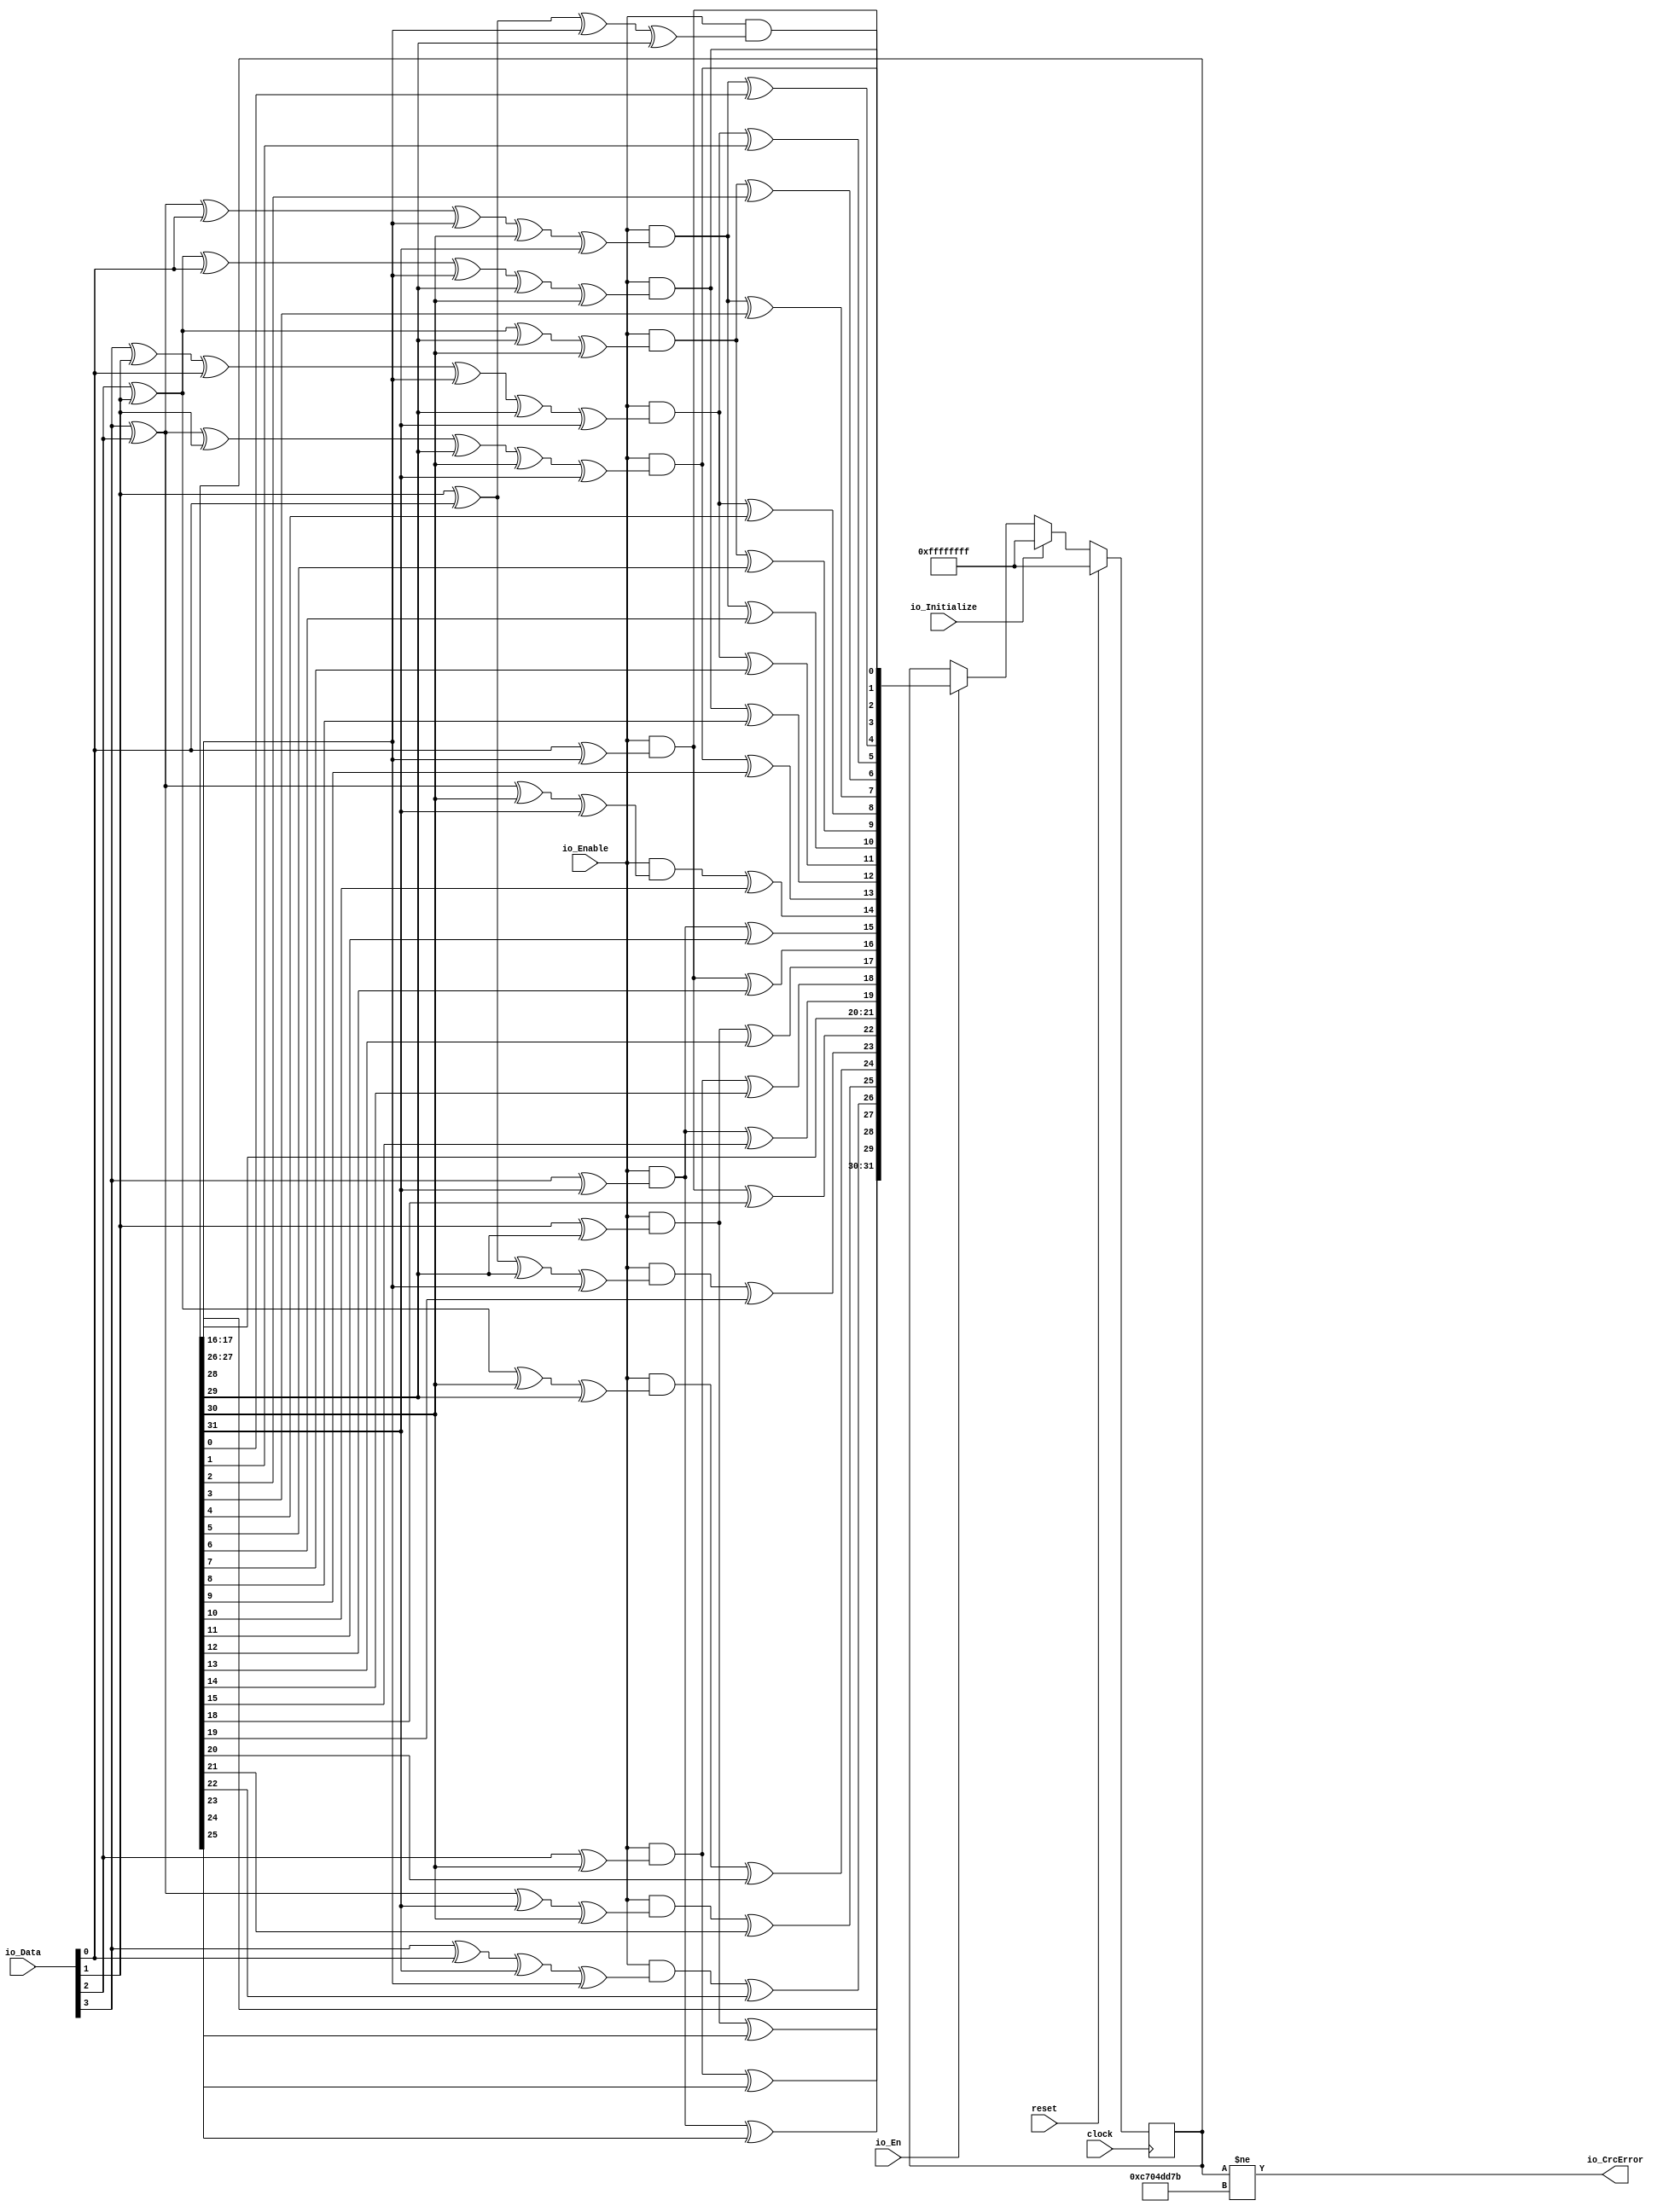
module CRC32_D4(
  input        clock,
  input        reset,
  input        io_En,
  input  [3:0] io_Data,
  input        io_Enable,
  input        io_Initialize,
  output       io_CrcError
);
  reg [31:0] Crc; // @[EthFcsPadding.scala 334:20]
  wire  _T_1; // @[EthFcsPadding.scala 340:32]
  wire  _T_2; // @[EthFcsPadding.scala 340:41]
  wire  _T_3; // @[EthFcsPadding.scala 340:36]
  wire  CrcNext_0; // @[EthFcsPadding.scala 340:25]
  wire  _T_5; // @[EthFcsPadding.scala 341:32]
  wire  _T_7; // @[EthFcsPadding.scala 341:36]
  wire  _T_9; // @[EthFcsPadding.scala 341:46]
  wire  _T_10; // @[EthFcsPadding.scala 341:61]
  wire  _T_11; // @[EthFcsPadding.scala 341:56]
  wire  CrcNext_1; // @[EthFcsPadding.scala 341:25]
  wire  _T_13; // @[EthFcsPadding.scala 342:32]
  wire  _T_15; // @[EthFcsPadding.scala 342:36]
  wire  _T_17; // @[EthFcsPadding.scala 342:46]
  wire  _T_19; // @[EthFcsPadding.scala 342:56]
  wire  _T_21; // @[EthFcsPadding.scala 342:66]
  wire  _T_22; // @[EthFcsPadding.scala 342:81]
  wire  _T_23; // @[EthFcsPadding.scala 342:76]
  wire  CrcNext_2; // @[EthFcsPadding.scala 342:25]
  wire  _T_25; // @[EthFcsPadding.scala 343:32]
  wire  _T_27; // @[EthFcsPadding.scala 343:36]
  wire  _T_29; // @[EthFcsPadding.scala 343:46]
  wire  _T_31; // @[EthFcsPadding.scala 343:56]
  wire  _T_33; // @[EthFcsPadding.scala 343:66]
  wire  _T_34; // @[EthFcsPadding.scala 343:81]
  wire  _T_35; // @[EthFcsPadding.scala 343:76]
  wire  CrcNext_3; // @[EthFcsPadding.scala 343:25]
  wire  _T_41; // @[EthFcsPadding.scala 344:47]
  wire  _T_43; // @[EthFcsPadding.scala 344:57]
  wire  _T_45; // @[EthFcsPadding.scala 344:67]
  wire  _T_47; // @[EthFcsPadding.scala 344:77]
  wire  _T_48; // @[EthFcsPadding.scala 344:26]
  wire  _T_49; // @[EthFcsPadding.scala 344:94]
  wire  CrcNext_4; // @[EthFcsPadding.scala 344:89]
  wire  _T_53; // @[EthFcsPadding.scala 345:37]
  wire  _T_55; // @[EthFcsPadding.scala 345:47]
  wire  _T_57; // @[EthFcsPadding.scala 345:57]
  wire  _T_59; // @[EthFcsPadding.scala 345:67]
  wire  _T_61; // @[EthFcsPadding.scala 345:77]
  wire  _T_62; // @[EthFcsPadding.scala 345:26]
  wire  _T_63; // @[EthFcsPadding.scala 345:94]
  wire  CrcNext_5; // @[EthFcsPadding.scala 345:89]
  wire  _T_69; // @[EthFcsPadding.scala 346:47]
  wire  _T_71; // @[EthFcsPadding.scala 346:57]
  wire  _T_72; // @[EthFcsPadding.scala 346:26]
  wire  _T_73; // @[EthFcsPadding.scala 346:74]
  wire  CrcNext_6; // @[EthFcsPadding.scala 346:69]
  wire  _T_87; // @[EthFcsPadding.scala 347:94]
  wire  CrcNext_7; // @[EthFcsPadding.scala 347:89]
  wire  _T_101; // @[EthFcsPadding.scala 348:94]
  wire  CrcNext_8; // @[EthFcsPadding.scala 348:89]
  wire  _T_111; // @[EthFcsPadding.scala 349:74]
  wire  CrcNext_9; // @[EthFcsPadding.scala 349:69]
  wire  _T_125; // @[EthFcsPadding.scala 350:94]
  wire  CrcNext_10; // @[EthFcsPadding.scala 350:89]
  wire  _T_139; // @[EthFcsPadding.scala 351:94]
  wire  CrcNext_11; // @[EthFcsPadding.scala 351:89]
  wire  _T_153; // @[EthFcsPadding.scala 352:94]
  wire  CrcNext_12; // @[EthFcsPadding.scala 352:89]
  wire  _T_167; // @[EthFcsPadding.scala 353:94]
  wire  CrcNext_13; // @[EthFcsPadding.scala 353:89]
  wire  _T_173; // @[EthFcsPadding.scala 354:47]
  wire  _T_175; // @[EthFcsPadding.scala 354:57]
  wire  _T_176; // @[EthFcsPadding.scala 354:26]
  wire  _T_177; // @[EthFcsPadding.scala 354:74]
  wire  CrcNext_14; // @[EthFcsPadding.scala 354:69]
  wire  _T_181; // @[EthFcsPadding.scala 355:37]
  wire  _T_182; // @[EthFcsPadding.scala 355:26]
  wire  _T_183; // @[EthFcsPadding.scala 355:54]
  wire  CrcNext_15; // @[EthFcsPadding.scala 355:49]
  wire  _T_189; // @[EthFcsPadding.scala 356:54]
  wire  CrcNext_16; // @[EthFcsPadding.scala 356:49]
  wire  _T_193; // @[EthFcsPadding.scala 357:37]
  wire  _T_194; // @[EthFcsPadding.scala 357:26]
  wire  _T_195; // @[EthFcsPadding.scala 357:54]
  wire  CrcNext_17; // @[EthFcsPadding.scala 357:49]
  wire  _T_199; // @[EthFcsPadding.scala 358:37]
  wire  _T_200; // @[EthFcsPadding.scala 358:26]
  wire  _T_201; // @[EthFcsPadding.scala 358:54]
  wire  CrcNext_18; // @[EthFcsPadding.scala 358:49]
  wire  _T_207; // @[EthFcsPadding.scala 359:54]
  wire  CrcNext_19; // @[EthFcsPadding.scala 359:49]
  wire  CrcNext_20; // @[EthFcsPadding.scala 360:21]
  wire  CrcNext_21; // @[EthFcsPadding.scala 361:21]
  wire  _T_215; // @[EthFcsPadding.scala 362:54]
  wire  CrcNext_22; // @[EthFcsPadding.scala 362:49]
  wire  _T_221; // @[EthFcsPadding.scala 363:47]
  wire  _T_223; // @[EthFcsPadding.scala 363:57]
  wire  _T_224; // @[EthFcsPadding.scala 363:26]
  wire  _T_225; // @[EthFcsPadding.scala 363:74]
  wire  CrcNext_23; // @[EthFcsPadding.scala 363:69]
  wire  _T_231; // @[EthFcsPadding.scala 364:47]
  wire  _T_233; // @[EthFcsPadding.scala 364:57]
  wire  _T_234; // @[EthFcsPadding.scala 364:26]
  wire  _T_235; // @[EthFcsPadding.scala 364:74]
  wire  CrcNext_24; // @[EthFcsPadding.scala 364:69]
  wire  _T_241; // @[EthFcsPadding.scala 365:47]
  wire  _T_243; // @[EthFcsPadding.scala 365:57]
  wire  _T_244; // @[EthFcsPadding.scala 365:26]
  wire  _T_245; // @[EthFcsPadding.scala 365:74]
  wire  CrcNext_25; // @[EthFcsPadding.scala 365:69]
  wire  _T_249; // @[EthFcsPadding.scala 366:37]
  wire  _T_251; // @[EthFcsPadding.scala 366:47]
  wire  _T_253; // @[EthFcsPadding.scala 366:57]
  wire  _T_254; // @[EthFcsPadding.scala 366:26]
  wire  _T_255; // @[EthFcsPadding.scala 366:74]
  wire  CrcNext_26; // @[EthFcsPadding.scala 366:69]
  wire  _T_261; // @[EthFcsPadding.scala 367:54]
  wire  CrcNext_27; // @[EthFcsPadding.scala 367:49]
  wire  _T_267; // @[EthFcsPadding.scala 368:54]
  wire  CrcNext_28; // @[EthFcsPadding.scala 368:49]
  wire  _T_273; // @[EthFcsPadding.scala 369:54]
  wire  CrcNext_29; // @[EthFcsPadding.scala 369:49]
  wire  CrcNext_30; // @[EthFcsPadding.scala 370:21]
  wire  CrcNext_31; // @[EthFcsPadding.scala 371:21]
  wire [7:0] _T_284; // @[EthFcsPadding.scala 376:28]
  wire [15:0] _T_292; // @[EthFcsPadding.scala 376:28]
  wire [7:0] _T_299; // @[EthFcsPadding.scala 376:28]
  wire [31:0] _T_308; // @[EthFcsPadding.scala 376:28]
  assign _T_1 = io_Data[0]; // @[EthFcsPadding.scala 340:32]
  assign _T_2 = Crc[28]; // @[EthFcsPadding.scala 340:41]
  assign _T_3 = _T_1 ^ _T_2; // @[EthFcsPadding.scala 340:36]
  assign CrcNext_0 = io_Enable & _T_3; // @[EthFcsPadding.scala 340:25]
  assign _T_5 = io_Data[1]; // @[EthFcsPadding.scala 341:32]
  assign _T_7 = _T_5 ^ _T_1; // @[EthFcsPadding.scala 341:36]
  assign _T_9 = _T_7 ^ _T_2; // @[EthFcsPadding.scala 341:46]
  assign _T_10 = Crc[29]; // @[EthFcsPadding.scala 341:61]
  assign _T_11 = _T_9 ^ _T_10; // @[EthFcsPadding.scala 341:56]
  assign CrcNext_1 = io_Enable & _T_11; // @[EthFcsPadding.scala 341:25]
  assign _T_13 = io_Data[2]; // @[EthFcsPadding.scala 342:32]
  assign _T_15 = _T_13 ^ _T_5; // @[EthFcsPadding.scala 342:36]
  assign _T_17 = _T_15 ^ _T_1; // @[EthFcsPadding.scala 342:46]
  assign _T_19 = _T_17 ^ _T_2; // @[EthFcsPadding.scala 342:56]
  assign _T_21 = _T_19 ^ _T_10; // @[EthFcsPadding.scala 342:66]
  assign _T_22 = Crc[30]; // @[EthFcsPadding.scala 342:81]
  assign _T_23 = _T_21 ^ _T_22; // @[EthFcsPadding.scala 342:76]
  assign CrcNext_2 = io_Enable & _T_23; // @[EthFcsPadding.scala 342:25]
  assign _T_25 = io_Data[3]; // @[EthFcsPadding.scala 343:32]
  assign _T_27 = _T_25 ^ _T_13; // @[EthFcsPadding.scala 343:36]
  assign _T_29 = _T_27 ^ _T_5; // @[EthFcsPadding.scala 343:46]
  assign _T_31 = _T_29 ^ _T_10; // @[EthFcsPadding.scala 343:56]
  assign _T_33 = _T_31 ^ _T_22; // @[EthFcsPadding.scala 343:66]
  assign _T_34 = Crc[31]; // @[EthFcsPadding.scala 343:81]
  assign _T_35 = _T_33 ^ _T_34; // @[EthFcsPadding.scala 343:76]
  assign CrcNext_3 = io_Enable & _T_35; // @[EthFcsPadding.scala 343:25]
  assign _T_41 = _T_27 ^ _T_1; // @[EthFcsPadding.scala 344:47]
  assign _T_43 = _T_41 ^ _T_2; // @[EthFcsPadding.scala 344:57]
  assign _T_45 = _T_43 ^ _T_22; // @[EthFcsPadding.scala 344:67]
  assign _T_47 = _T_45 ^ _T_34; // @[EthFcsPadding.scala 344:77]
  assign _T_48 = io_Enable & _T_47; // @[EthFcsPadding.scala 344:26]
  assign _T_49 = Crc[0]; // @[EthFcsPadding.scala 344:94]
  assign CrcNext_4 = _T_48 ^ _T_49; // @[EthFcsPadding.scala 344:89]
  assign _T_53 = _T_25 ^ _T_5; // @[EthFcsPadding.scala 345:37]
  assign _T_55 = _T_53 ^ _T_1; // @[EthFcsPadding.scala 345:47]
  assign _T_57 = _T_55 ^ _T_2; // @[EthFcsPadding.scala 345:57]
  assign _T_59 = _T_57 ^ _T_10; // @[EthFcsPadding.scala 345:67]
  assign _T_61 = _T_59 ^ _T_34; // @[EthFcsPadding.scala 345:77]
  assign _T_62 = io_Enable & _T_61; // @[EthFcsPadding.scala 345:26]
  assign _T_63 = Crc[1]; // @[EthFcsPadding.scala 345:94]
  assign CrcNext_5 = _T_62 ^ _T_63; // @[EthFcsPadding.scala 345:89]
  assign _T_69 = _T_15 ^ _T_10; // @[EthFcsPadding.scala 346:47]
  assign _T_71 = _T_69 ^ _T_22; // @[EthFcsPadding.scala 346:57]
  assign _T_72 = io_Enable & _T_71; // @[EthFcsPadding.scala 346:26]
  assign _T_73 = Crc[2]; // @[EthFcsPadding.scala 346:74]
  assign CrcNext_6 = _T_72 ^ _T_73; // @[EthFcsPadding.scala 346:69]
  assign _T_87 = Crc[3]; // @[EthFcsPadding.scala 347:94]
  assign CrcNext_7 = _T_48 ^ _T_87; // @[EthFcsPadding.scala 347:89]
  assign _T_101 = Crc[4]; // @[EthFcsPadding.scala 348:94]
  assign CrcNext_8 = _T_62 ^ _T_101; // @[EthFcsPadding.scala 348:89]
  assign _T_111 = Crc[5]; // @[EthFcsPadding.scala 349:74]
  assign CrcNext_9 = _T_72 ^ _T_111; // @[EthFcsPadding.scala 349:69]
  assign _T_125 = Crc[6]; // @[EthFcsPadding.scala 350:94]
  assign CrcNext_10 = _T_48 ^ _T_125; // @[EthFcsPadding.scala 350:89]
  assign _T_139 = Crc[7]; // @[EthFcsPadding.scala 351:94]
  assign CrcNext_11 = _T_62 ^ _T_139; // @[EthFcsPadding.scala 351:89]
  assign _T_153 = Crc[8]; // @[EthFcsPadding.scala 352:94]
  assign CrcNext_12 = CrcNext_2 ^ _T_153; // @[EthFcsPadding.scala 352:89]
  assign _T_167 = Crc[9]; // @[EthFcsPadding.scala 353:94]
  assign CrcNext_13 = CrcNext_3 ^ _T_167; // @[EthFcsPadding.scala 353:89]
  assign _T_173 = _T_27 ^ _T_22; // @[EthFcsPadding.scala 354:47]
  assign _T_175 = _T_173 ^ _T_34; // @[EthFcsPadding.scala 354:57]
  assign _T_176 = io_Enable & _T_175; // @[EthFcsPadding.scala 354:26]
  assign _T_177 = Crc[10]; // @[EthFcsPadding.scala 354:74]
  assign CrcNext_14 = _T_176 ^ _T_177; // @[EthFcsPadding.scala 354:69]
  assign _T_181 = _T_25 ^ _T_34; // @[EthFcsPadding.scala 355:37]
  assign _T_182 = io_Enable & _T_181; // @[EthFcsPadding.scala 355:26]
  assign _T_183 = Crc[11]; // @[EthFcsPadding.scala 355:54]
  assign CrcNext_15 = _T_182 ^ _T_183; // @[EthFcsPadding.scala 355:49]
  assign _T_189 = Crc[12]; // @[EthFcsPadding.scala 356:54]
  assign CrcNext_16 = CrcNext_0 ^ _T_189; // @[EthFcsPadding.scala 356:49]
  assign _T_193 = _T_5 ^ _T_10; // @[EthFcsPadding.scala 357:37]
  assign _T_194 = io_Enable & _T_193; // @[EthFcsPadding.scala 357:26]
  assign _T_195 = Crc[13]; // @[EthFcsPadding.scala 357:54]
  assign CrcNext_17 = _T_194 ^ _T_195; // @[EthFcsPadding.scala 357:49]
  assign _T_199 = _T_13 ^ _T_22; // @[EthFcsPadding.scala 358:37]
  assign _T_200 = io_Enable & _T_199; // @[EthFcsPadding.scala 358:26]
  assign _T_201 = Crc[14]; // @[EthFcsPadding.scala 358:54]
  assign CrcNext_18 = _T_200 ^ _T_201; // @[EthFcsPadding.scala 358:49]
  assign _T_207 = Crc[15]; // @[EthFcsPadding.scala 359:54]
  assign CrcNext_19 = _T_182 ^ _T_207; // @[EthFcsPadding.scala 359:49]
  assign CrcNext_20 = Crc[16]; // @[EthFcsPadding.scala 360:21]
  assign CrcNext_21 = Crc[17]; // @[EthFcsPadding.scala 361:21]
  assign _T_215 = Crc[18]; // @[EthFcsPadding.scala 362:54]
  assign CrcNext_22 = CrcNext_0 ^ _T_215; // @[EthFcsPadding.scala 362:49]
  assign _T_221 = _T_7 ^ _T_10; // @[EthFcsPadding.scala 363:47]
  assign _T_223 = _T_221 ^ _T_2; // @[EthFcsPadding.scala 363:57]
  assign _T_224 = io_Enable & _T_223; // @[EthFcsPadding.scala 363:26]
  assign _T_225 = Crc[19]; // @[EthFcsPadding.scala 363:74]
  assign CrcNext_23 = _T_224 ^ _T_225; // @[EthFcsPadding.scala 363:69]
  assign _T_231 = _T_15 ^ _T_22; // @[EthFcsPadding.scala 364:47]
  assign _T_233 = _T_231 ^ _T_10; // @[EthFcsPadding.scala 364:57]
  assign _T_234 = io_Enable & _T_233; // @[EthFcsPadding.scala 364:26]
  assign _T_235 = Crc[20]; // @[EthFcsPadding.scala 364:74]
  assign CrcNext_24 = _T_234 ^ _T_235; // @[EthFcsPadding.scala 364:69]
  assign _T_241 = _T_27 ^ _T_34; // @[EthFcsPadding.scala 365:47]
  assign _T_243 = _T_241 ^ _T_22; // @[EthFcsPadding.scala 365:57]
  assign _T_244 = io_Enable & _T_243; // @[EthFcsPadding.scala 365:26]
  assign _T_245 = Crc[21]; // @[EthFcsPadding.scala 365:74]
  assign CrcNext_25 = _T_244 ^ _T_245; // @[EthFcsPadding.scala 365:69]
  assign _T_249 = _T_25 ^ _T_1; // @[EthFcsPadding.scala 366:37]
  assign _T_251 = _T_249 ^ _T_34; // @[EthFcsPadding.scala 366:47]
  assign _T_253 = _T_251 ^ _T_2; // @[EthFcsPadding.scala 366:57]
  assign _T_254 = io_Enable & _T_253; // @[EthFcsPadding.scala 366:26]
  assign _T_255 = Crc[22]; // @[EthFcsPadding.scala 366:74]
  assign CrcNext_26 = _T_254 ^ _T_255; // @[EthFcsPadding.scala 366:69]
  assign _T_261 = Crc[23]; // @[EthFcsPadding.scala 367:54]
  assign CrcNext_27 = _T_194 ^ _T_261; // @[EthFcsPadding.scala 367:49]
  assign _T_267 = Crc[24]; // @[EthFcsPadding.scala 368:54]
  assign CrcNext_28 = _T_200 ^ _T_267; // @[EthFcsPadding.scala 368:49]
  assign _T_273 = Crc[25]; // @[EthFcsPadding.scala 369:54]
  assign CrcNext_29 = _T_182 ^ _T_273; // @[EthFcsPadding.scala 369:49]
  assign CrcNext_30 = Crc[26]; // @[EthFcsPadding.scala 370:21]
  assign CrcNext_31 = Crc[27]; // @[EthFcsPadding.scala 371:21]
  assign _T_284 = {CrcNext_7,CrcNext_6,CrcNext_5,CrcNext_4,CrcNext_3,CrcNext_2,CrcNext_1,CrcNext_0}; // @[EthFcsPadding.scala 376:28]
  assign _T_292 = {CrcNext_15,CrcNext_14,CrcNext_13,CrcNext_12,CrcNext_11,CrcNext_10,CrcNext_9,CrcNext_8,_T_284}; // @[EthFcsPadding.scala 376:28]
  assign _T_299 = {CrcNext_23,CrcNext_22,CrcNext_21,CrcNext_20,CrcNext_19,CrcNext_18,CrcNext_17,CrcNext_16}; // @[EthFcsPadding.scala 376:28]
  assign _T_308 = {CrcNext_31,CrcNext_30,CrcNext_29,CrcNext_28,CrcNext_27,CrcNext_26,CrcNext_25,CrcNext_24,_T_299,_T_292}; // @[EthFcsPadding.scala 376:28]
  assign io_CrcError = Crc != 32'hc704dd7b; // @[EthFcsPadding.scala 379:15]
  always @(posedge clock) begin
    if (reset) begin
      Crc <= 32'hffffffff;
    end else begin
      if (io_Initialize) begin
        Crc <= 32'hffffffff;
      end else begin
        if (io_En) begin
          Crc <= _T_308;
        end
      end
    end
  end
endmodule
module CRCChecker(
  input        clock,
  input        reset,
  input        io_mii_clk,
  input        io_mii_en,
  input  [3:0] io_mii_dat,
  output       io_ok,
  output       io_err
);
  wire  crc32_d4_clock; // @[EthFcsPadding.scala 391:24]
  wire  crc32_d4_reset; // @[EthFcsPadding.scala 391:24]
  wire  crc32_d4_io_En; // @[EthFcsPadding.scala 391:24]
  wire [3:0] crc32_d4_io_Data; // @[EthFcsPadding.scala 391:24]
  wire  crc32_d4_io_Enable; // @[EthFcsPadding.scala 391:24]
  wire  crc32_d4_io_Initialize; // @[EthFcsPadding.scala 391:24]
  wire  crc32_d4_io_CrcError; // @[EthFcsPadding.scala 391:24]
  reg  _T; // @[util.scala 13:42]
  wire  _T_1; // @[util.scala 13:34]
  wire  mii_clk; // @[util.scala 13:31]
  reg [1:0] state; // @[EthFcsPadding.scala 407:22]
  wire  _T_2; // @[Conditional.scala 37:30]
  reg  _T_3; // @[util.scala 13:42]
  wire  _T_4; // @[util.scala 13:34]
  wire  _T_5; // @[util.scala 13:31]
  wire  _T_6; // @[Conditional.scala 37:30]
  wire  _T_7; // @[EthFcsPadding.scala 424:23]
  wire  _T_8; // @[Conditional.scala 37:30]
  wire  _T_9; // @[EthFcsPadding.scala 431:15]
  wire  _T_10; // @[EthFcsPadding.scala 434:21]
  wire  _GEN_4; // @[EthFcsPadding.scala 431:24]
  wire  _GEN_5; // @[EthFcsPadding.scala 431:24]
  wire  _GEN_7; // @[EthFcsPadding.scala 430:22]
  wire  _GEN_8; // @[EthFcsPadding.scala 430:22]
  wire  _GEN_10; // @[Conditional.scala 39:67]
  wire  _GEN_11; // @[Conditional.scala 39:67]
  wire  _GEN_13; // @[Conditional.scala 39:67]
  wire  _GEN_14; // @[Conditional.scala 39:67]
  wire  _T_12; // @[EthFcsPadding.scala 441:41]
  wire  _T_13; // @[EthFcsPadding.scala 441:53]
  wire  _T_14; // @[EthFcsPadding.scala 441:65]
  wire  _T_15; // @[EthFcsPadding.scala 441:77]
  wire [1:0] _T_16; // @[Cat.scala 29:58]
  wire [1:0] _T_17; // @[Cat.scala 29:58]
  wire  _T_19; // @[EthFcsPadding.scala 442:46]
  CRC32_D4 crc32_d4 ( // @[EthFcsPadding.scala 391:24]
    .clock(crc32_d4_clock),
    .reset(crc32_d4_reset),
    .io_En(crc32_d4_io_En),
    .io_Data(crc32_d4_io_Data),
    .io_Enable(crc32_d4_io_Enable),
    .io_Initialize(crc32_d4_io_Initialize),
    .io_CrcError(crc32_d4_io_CrcError)
  );
  assign _T_1 = _T == 1'h0; // @[util.scala 13:34]
  assign mii_clk = io_mii_clk & _T_1; // @[util.scala 13:31]
  assign _T_2 = 2'h0 == state; // @[Conditional.scala 37:30]
  assign _T_4 = _T_3 == 1'h0; // @[util.scala 13:34]
  assign _T_5 = io_mii_en & _T_4; // @[util.scala 13:31]
  assign _T_6 = 2'h1 == state; // @[Conditional.scala 37:30]
  assign _T_7 = io_mii_dat == 4'hd; // @[EthFcsPadding.scala 424:23]
  assign _T_8 = 2'h2 == state; // @[Conditional.scala 37:30]
  assign _T_9 = ~ io_mii_en; // @[EthFcsPadding.scala 431:15]
  assign _T_10 = ~ crc32_d4_io_CrcError; // @[EthFcsPadding.scala 434:21]
  assign _GEN_4 = _T_9 & crc32_d4_io_CrcError; // @[EthFcsPadding.scala 431:24]
  assign _GEN_5 = _T_9 & _T_10; // @[EthFcsPadding.scala 431:24]
  assign _GEN_7 = mii_clk & _GEN_4; // @[EthFcsPadding.scala 430:22]
  assign _GEN_8 = mii_clk & _GEN_5; // @[EthFcsPadding.scala 430:22]
  assign _GEN_10 = _T_8 & _GEN_7; // @[Conditional.scala 39:67]
  assign _GEN_11 = _T_8 & _GEN_8; // @[Conditional.scala 39:67]
  assign _GEN_13 = _T_6 ? 1'h0 : _GEN_10; // @[Conditional.scala 39:67]
  assign _GEN_14 = _T_6 ? 1'h0 : _GEN_11; // @[Conditional.scala 39:67]
  assign _T_12 = io_mii_dat[0]; // @[EthFcsPadding.scala 441:41]
  assign _T_13 = io_mii_dat[1]; // @[EthFcsPadding.scala 441:53]
  assign _T_14 = io_mii_dat[2]; // @[EthFcsPadding.scala 441:65]
  assign _T_15 = io_mii_dat[3]; // @[EthFcsPadding.scala 441:77]
  assign _T_16 = {_T_14,_T_15}; // @[Cat.scala 29:58]
  assign _T_17 = {_T_12,_T_13}; // @[Cat.scala 29:58]
  assign _T_19 = state == 2'h2; // @[EthFcsPadding.scala 442:46]
  assign io_ok = _T_2 ? 1'h0 : _GEN_14; // @[EthFcsPadding.scala 413:10 EthFcsPadding.scala 434:18]
  assign io_err = _T_2 ? 1'h0 : _GEN_13; // @[EthFcsPadding.scala 414:10 EthFcsPadding.scala 433:18]
  assign crc32_d4_clock = clock;
  assign crc32_d4_reset = reset;
  assign crc32_d4_io_En = io_mii_en & mii_clk; // @[EthFcsPadding.scala 440:27]
  assign crc32_d4_io_Data = {_T_17,_T_16}; // @[EthFcsPadding.scala 441:27]
  assign crc32_d4_io_Enable = io_mii_en & _T_19; // @[EthFcsPadding.scala 442:27]
  assign crc32_d4_io_Initialize = state == 2'h1; // @[EthFcsPadding.scala 443:27]
  always @(posedge clock) begin
    _T <= io_mii_clk;
    if (reset) begin
      state <= 2'h0;
    end else begin
      if (_T_2) begin
        if (_T_5) begin
          state <= 2'h1;
        end
      end else begin
        if (_T_6) begin
          if (mii_clk) begin
            if (_T_7) begin
              state <= 2'h2;
            end
          end
        end else begin
          if (_T_8) begin
            if (mii_clk) begin
              if (_T_9) begin
                state <= 2'h0;
              end
            end
          end
        end
      end
    end
    _T_3 <= io_mii_en;
  end
endmodule